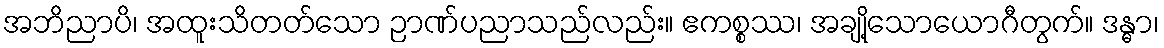
အဘိညာပိ၊ အထူးသိတတ်သော ဉာဏ်ပညာသည်လည်း။ ဧကစ္စဿ၊ အချို့သောယောဂီတွက်။ ဒန္ဓာ၊